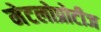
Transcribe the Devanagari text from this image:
मेटलोप्रोटीज